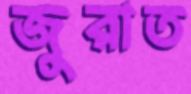
জুরাত